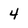
Character: 4